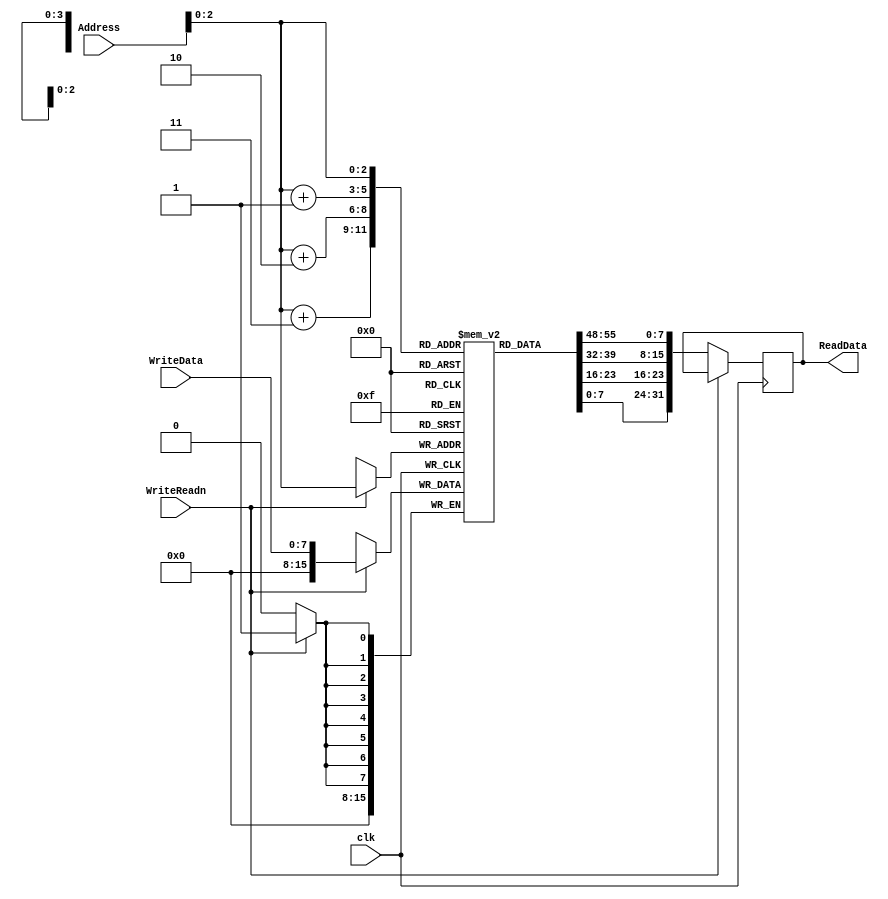
module srg_Program_Memory (WriteReadn, WriteData, clk, Address, ReadData);
input WriteReadn ,clk; // if 1, write, if 0 read
input [31:0] Address;
input [7:0] WriteData;
output reg [31:0] ReadData;
reg [15:0]  ProgramMemory [7:0];

always @(posedge clk)
begin 
	if( WriteReadn == 0)
	begin
		ReadData <= {ProgramMemory [Address] [7:0], ProgramMemory[Address+1] [7:0], ProgramMemory[Address+2] [7:0], ProgramMemory[Address+3] [7:0]};
	end
	if (WriteReadn == 1)
	begin
		ProgramMemory[Address] [7:0] <= WriteData ;
	end
end
endmodule